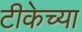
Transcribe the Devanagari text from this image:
टीकेच्या